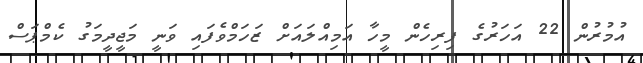
އުމުރުން 22 އަހަރުގެ ފިރިހެން މީހާ އަމިއްލައަށް ޒަހަމްވެފައި ވަނީ މަޖީދީމަގު ކެމްޕަސް